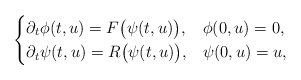
\begin{align*}\begin{cases} \partial_t \phi(t,u)=F\big(\psi(t,u)\big), & \phi(0,u)=0, \\ \partial_t \psi(t,u)=R\big(\psi(t,u)\big), & \psi(0,u)=u, \\\end{cases}\end{align*}